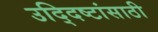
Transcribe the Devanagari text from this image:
उद्‍दिष्टांसाठी